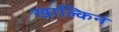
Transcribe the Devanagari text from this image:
खाल्किन